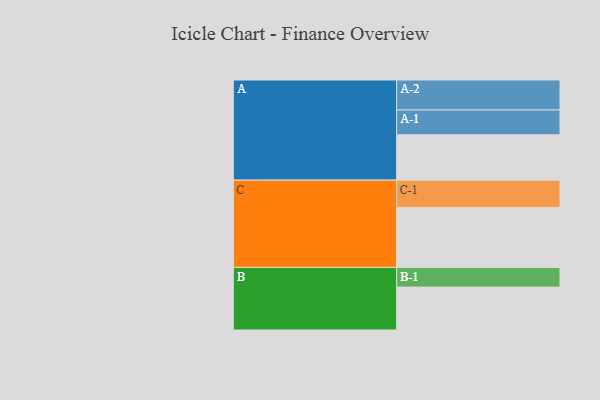
{"axis": {"x": "Segment", "y": "Value"}, "legend": ["", "A", "B", "C"], "data": [{"x": "A", "y": 448, "type": ""}, {"x": "B", "y": 424, "type": ""}, {"x": "C", "y": 592, "type": ""}, {"x": "A-1", "y": 245, "type": "A"}, {"x": "A-2", "y": 296, "type": "A"}, {"x": "B-1", "y": 194, "type": "B"}, {"x": "C-1", "y": 270, "type": "C"}]}